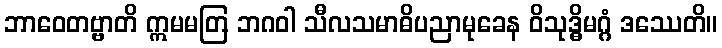
ဘာဝေတဗ္ဗာတိ ဣမမတြ ဘဂဝါ သီလသမာဓိပညာမုခေန ဝိသုဒ္ဓိမဂ္ဂံ ဒဿေတိ။